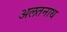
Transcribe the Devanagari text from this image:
अलतनाथ